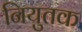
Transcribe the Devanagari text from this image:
नियुतक